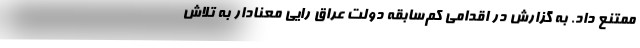
ممتنع داد. به گزارش در اقدامی کم‌سابقه دولت عراق رایی معنادار به تلاش